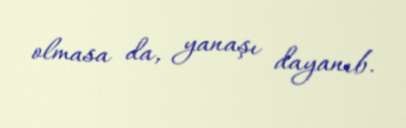
olmasa da, yanaşı dayanıb.